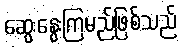
ဆွေးနွေးကြမည်ဖြစ်သည်